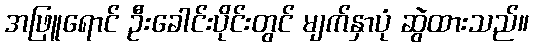
အဖြူရောင် ဦးခေါင်းပိုင်းတွင် မျက်နှာပုံ ဆွဲထားသည်။